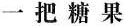
一把糖果